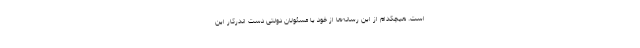
است. هیچکدام از این رسانه‌ها از خود یا مسئولان دولتی دست اندرکار این